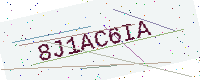
Text: 8J1AC6IA